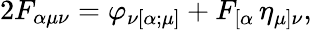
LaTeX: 2F_{\alpha\mu\nu}=\varphi_{\nu[\alpha;\mu]}+F_{[\alpha}\, \eta_{\mu]\nu},